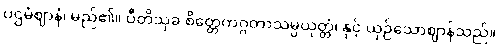
ပဌမံဈာနံ၊ မည်၏။ ပီတိသုခ စိတ္တေကဂ္ဂတာသမ္ပယုတ္တံ၊ နှင့် ယှဉ်သောဈာန်သည်။